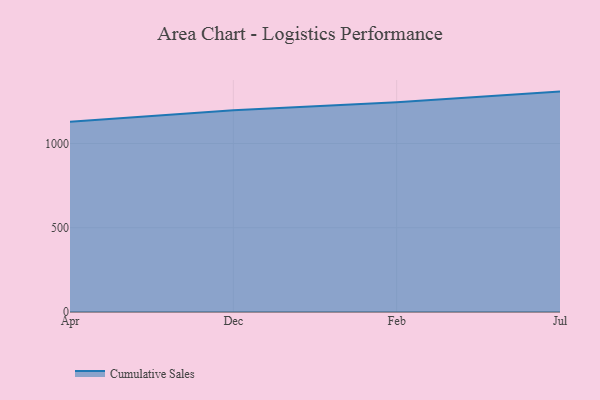
{"axis": {"x": "Month", "y": "Inventory Turnover"}, "legend": ["Cumulative Sales"], "data": [{"x": "Apr", "y": 1129.3, "type": "Cumulative Sales"}, {"x": "Dec", "y": 1197.3, "type": "Cumulative Sales"}, {"x": "Feb", "y": 1244.5, "type": "Cumulative Sales"}, {"x": "Jul", "y": 1308.2, "type": "Cumulative Sales"}]}